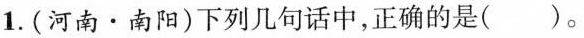
1.(河南·南阳)下列几句话中，正确的是()。